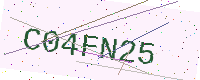
Text: C04FN25